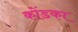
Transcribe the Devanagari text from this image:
कोंडका